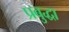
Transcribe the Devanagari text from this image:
प्रबुद्धा